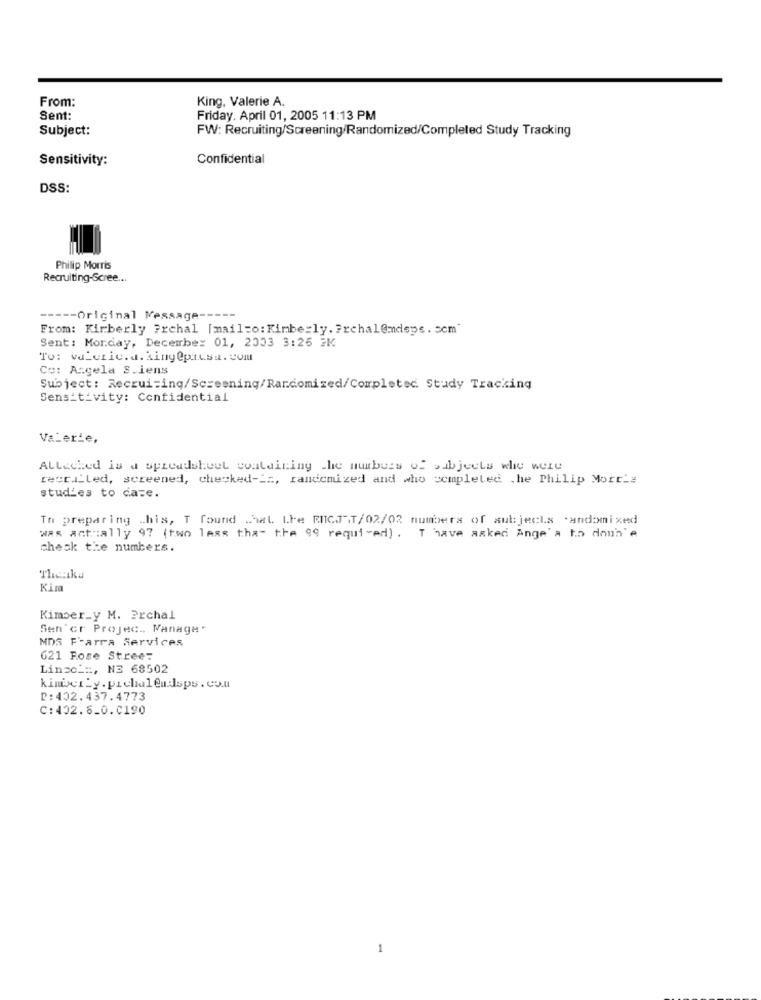
From:
King, Valerie A.
Sent:
Friday. April 01, 2005 11:13 PM
Subject:
FW: Recruiting/Screening/Randomized/Completed Study Tracking
Sensitivity:
Confidential
DSS:
Philip Morris
Recruiting-Scree ...
----- Original Message -----
From: Kimberly Prchal [mailto: Kimberly. Frchal@mdepe. 5cm'
Sent: Monday, December 01, 2003 3:26 2K
Co: Azgela S.iens
Subject: Recruiting/Screening/Randomized/Completed. Study Tracking
Sensitivity: Confidential
Valerie,
Alleched is a spreadsheet containing the numbers of subjects whe were
rect .. led, screened, checked -_:, randomized and who completed .he Philip Morris
studies to date.
Th preparing .his, T found that Lhe RIICJ T/02/02 numbers of subjects .andomixed
was actually 97 (two legs that the 99 required) . T have asked Ange' a to doun'e
chesk the numbers.
Thetku
Kimber_y M. Prchal
Sen 'or Projec .. Manage "
MDS Farra Services
621 Fose Street
Linse _:, NE 68502
kinder_y. prchalendlsps.co.l
D:402.437.4773
C:402.6_0.0190